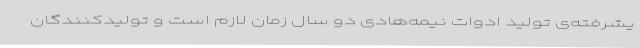
یشرفته‌ی تولید ادوات نیمه‌هادی دو سال زمان لازم است و تولیدکنندگان